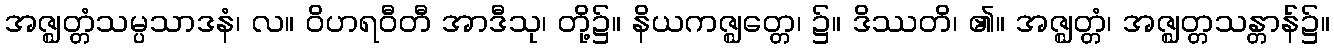
အဇ္ဈတ္တံသမ္ပသာဒနံ၊ လ။ ဝိဟရဝီတီ အာဒီသု၊ တို့၌။ နိယကဇ္ဈတ္တေ၊ ၌။ ဒိဿတိ၊ ၏။ အဇ္ဈတ္တံ၊ အဇ္ဈတ္တသန္တာန်၌။